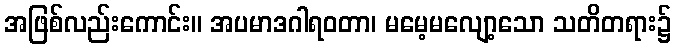
အဖြစ်လည်းကောင်း။ အပမာဒဂါရဝတာ၊ မမေ့မလျော့သော သတိတရား၌